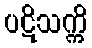
ပဋိသက္ကိ